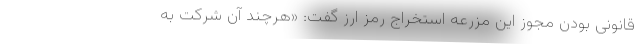
قانونی بودن مجوز این مزرعه استخراج رمز ارز گفت: «هرچند آن شرکت به